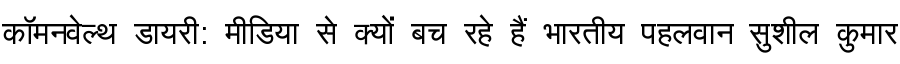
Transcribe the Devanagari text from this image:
कॉमनवेल्थ डायरी: मीडिया से क्यों बच रहे हैं भारतीय पहलवान सुशील कुमार